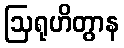
ဩရုဟိတွာန